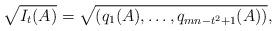
LaTeX: \begin{align*}\sqrt{I_t(A)}=\sqrt{(q_1(A),\dots, q_{mn-t^2+1}(A))},\end{align*}